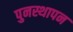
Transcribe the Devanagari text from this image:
पुनस्थापन